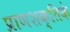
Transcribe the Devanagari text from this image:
प्राणशक्तिके